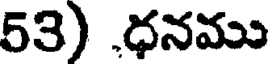
53) ,ధనము